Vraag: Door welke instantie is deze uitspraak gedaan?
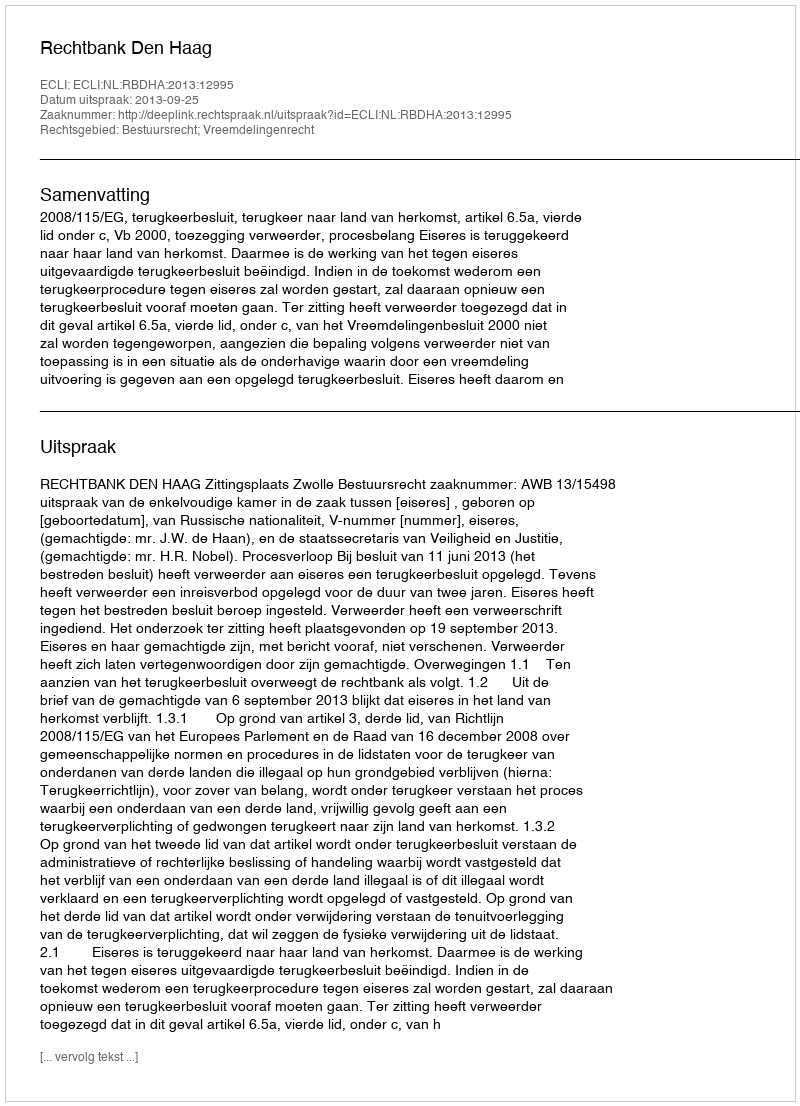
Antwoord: Rechtbank Den Haag